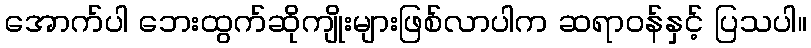
အောက်ပါ ဘေးထွက်ဆိုကျိုးများဖြစ်လာပါက ဆရာဝန်နှင့် ပြသပါ။